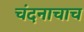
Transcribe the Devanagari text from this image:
चंदनाचाच